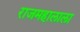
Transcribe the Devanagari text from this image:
राजमहालाला